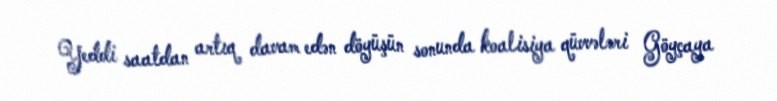
Yeddi saatdan artıq davam edən döyüşün sonunda koalisiya qüvvələri Göyçaya